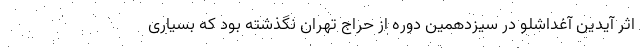
اثر آیدین آغداشلو در سیزدهمین دوره از حراج تهران نگذشته بود که بسیاری